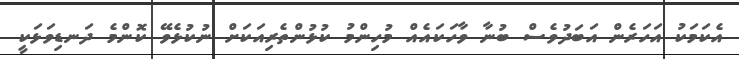
އެކަމަކު އަހަރެން އަބަދުވެސް ބުނާ ވާހަކައެއް މުހިންމު ކުޅުންތެރިއަކަށް ނުކުޅެވޭ ކޮންމެ ދަނޑިވަޅަކީ